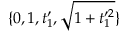
\{ 0 , 1 , t _ { 1 } ^ { \prime } , \sqrt { 1 + t _ { 1 } ^ { \prime 2 } } \}